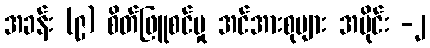
အခန်း (၉) စိတ်ဖြူစင်မှု အင်အားစုများ အပိုင်း -၂